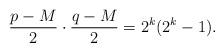
LaTeX: \begin{align*}\frac{p-M}2\cdot\frac{q-M}2=2^k(2^k-1).\end{align*}